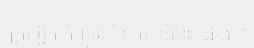
ក្រាហ្វិក កុំព្យូទ័រ នៃ យានជំនិះ ផ្សេង ៗ